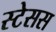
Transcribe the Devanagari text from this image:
स्टेसस